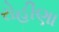
રોહીણા